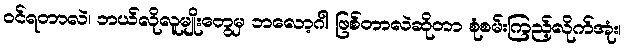
ဝင်ရတာလဲ၊ ဘယ်လိုလူမျိုးတွေမှ ဘလော့ဂါ ဖြစ်တာလဲဆိုတာ စုံစမ်းကြည့်လိုက်အုံး၊